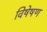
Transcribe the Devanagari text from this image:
विषेषण